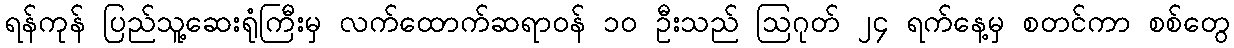
ရန်ကုန် ပြည်သူ့ဆေးရုံကြီးမှ လက်ထောက်ဆရာဝန် ၁၀ ဦးသည် ဩဂုတ် ၂၄ ရက်နေ့မှ စတင်ကာ စစ်တွေ